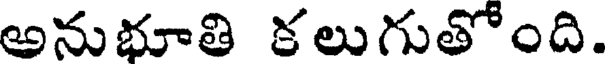
అనుభూతి కలుగుతోంది.